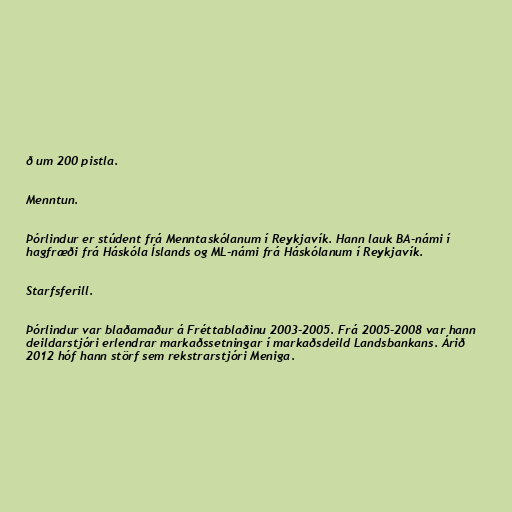
ð um 200 pistla.

Menntun.

Þórlindur er stúdent frá Menntaskólanum í Reykjavík. Hann lauk BA-námi í
hagfræði frá Háskóla Íslands og ML-námi frá Háskólanum í Reykjavík.

Starfsferill.

Þórlindur var blaðamaður á Fréttablaðinu 2003-2005. Frá 2005-2008 var hann
deildarstjóri erlendrar markaðssetningar í markaðsdeild Landsbankans. Árið
2012 hóf hann störf sem rekstrarstjóri Meniga.